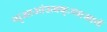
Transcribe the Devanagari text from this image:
प्पृआआंऊक्क्ःय्याआणॅ